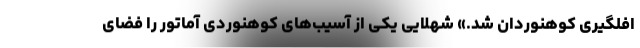
افلگیری کوهنوردان شد.» شهلایی یکی از آسیب‌های کوهنوردی آماتور را فضای